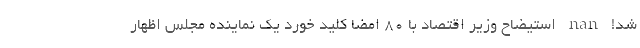
شد! nan استیضاح وزیر اقتصاد با ۸۰ امضا کلید خورد یک نماینده مجلس اظهار